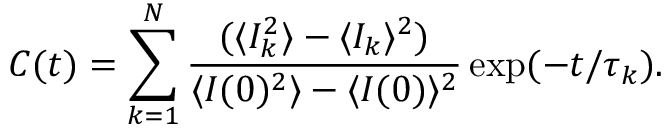
C ( t ) = \sum _ { k = 1 } ^ { N } \frac { ( \langle I _ { k } ^ { 2 } \rangle - \langle I _ { k } \rangle ^ { 2 } ) } { \langle I ( 0 ) ^ { 2 } \rangle - \langle I ( 0 ) \rangle ^ { 2 } } \exp ( - t / \tau _ { k } ) .